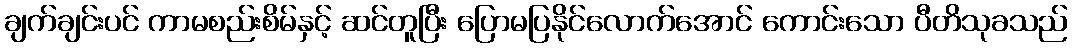
ချက်ချင်းပင် ကာမစည်းစိမ်နှင့် ဆင်တူပြီး ပြောမပြနိုင်လောက်အောင် ကောင်းသော ပီတိသုခသည်